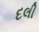
દલી